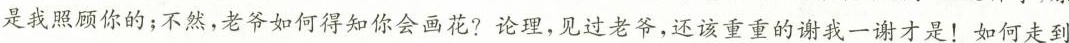
是我照顾你的；不然，老爷如 得知你会画花?论理，见过老爷，还该重重的谢我一谢才是！如何走到